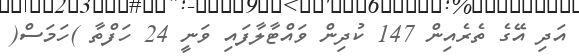
އަދި އޭގެ ތެރެއިން 147 ކުދިން ވައްޓާލާފައި ވަނީ 24 ހަފްތާ )ހަމަސް(